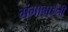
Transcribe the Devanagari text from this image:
गंगाबाईंनी